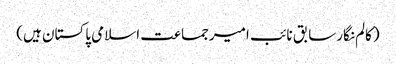
(کالم نگارسابق نائب امیرجماعت اسلامی پاکستان ہیں)